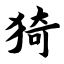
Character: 猗